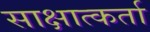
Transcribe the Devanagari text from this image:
साक्षात्कर्ता